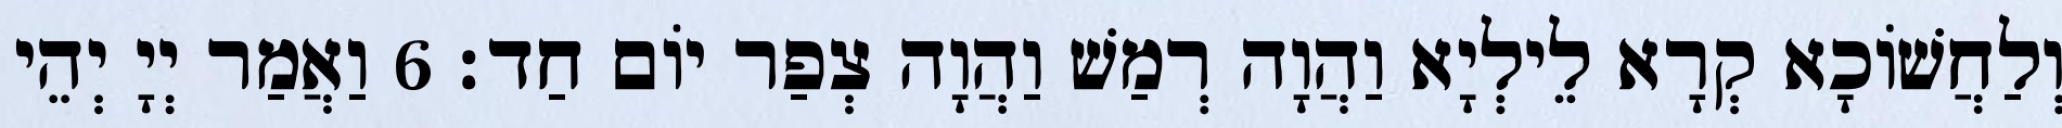
וְלַחֲשׁוֹכָא קְרָא לֵילְיָא וַהֲוָה רְמַשׁ וַהֲוָה צְפַר יוֹם חַד׃ 6 וַאֲמַר יְיָ יְהֵי